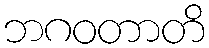
ဘဂဝတာတိ